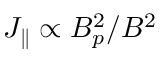
J _ { \parallel } \propto B _ { p } ^ { 2 } / B ^ { 2 }